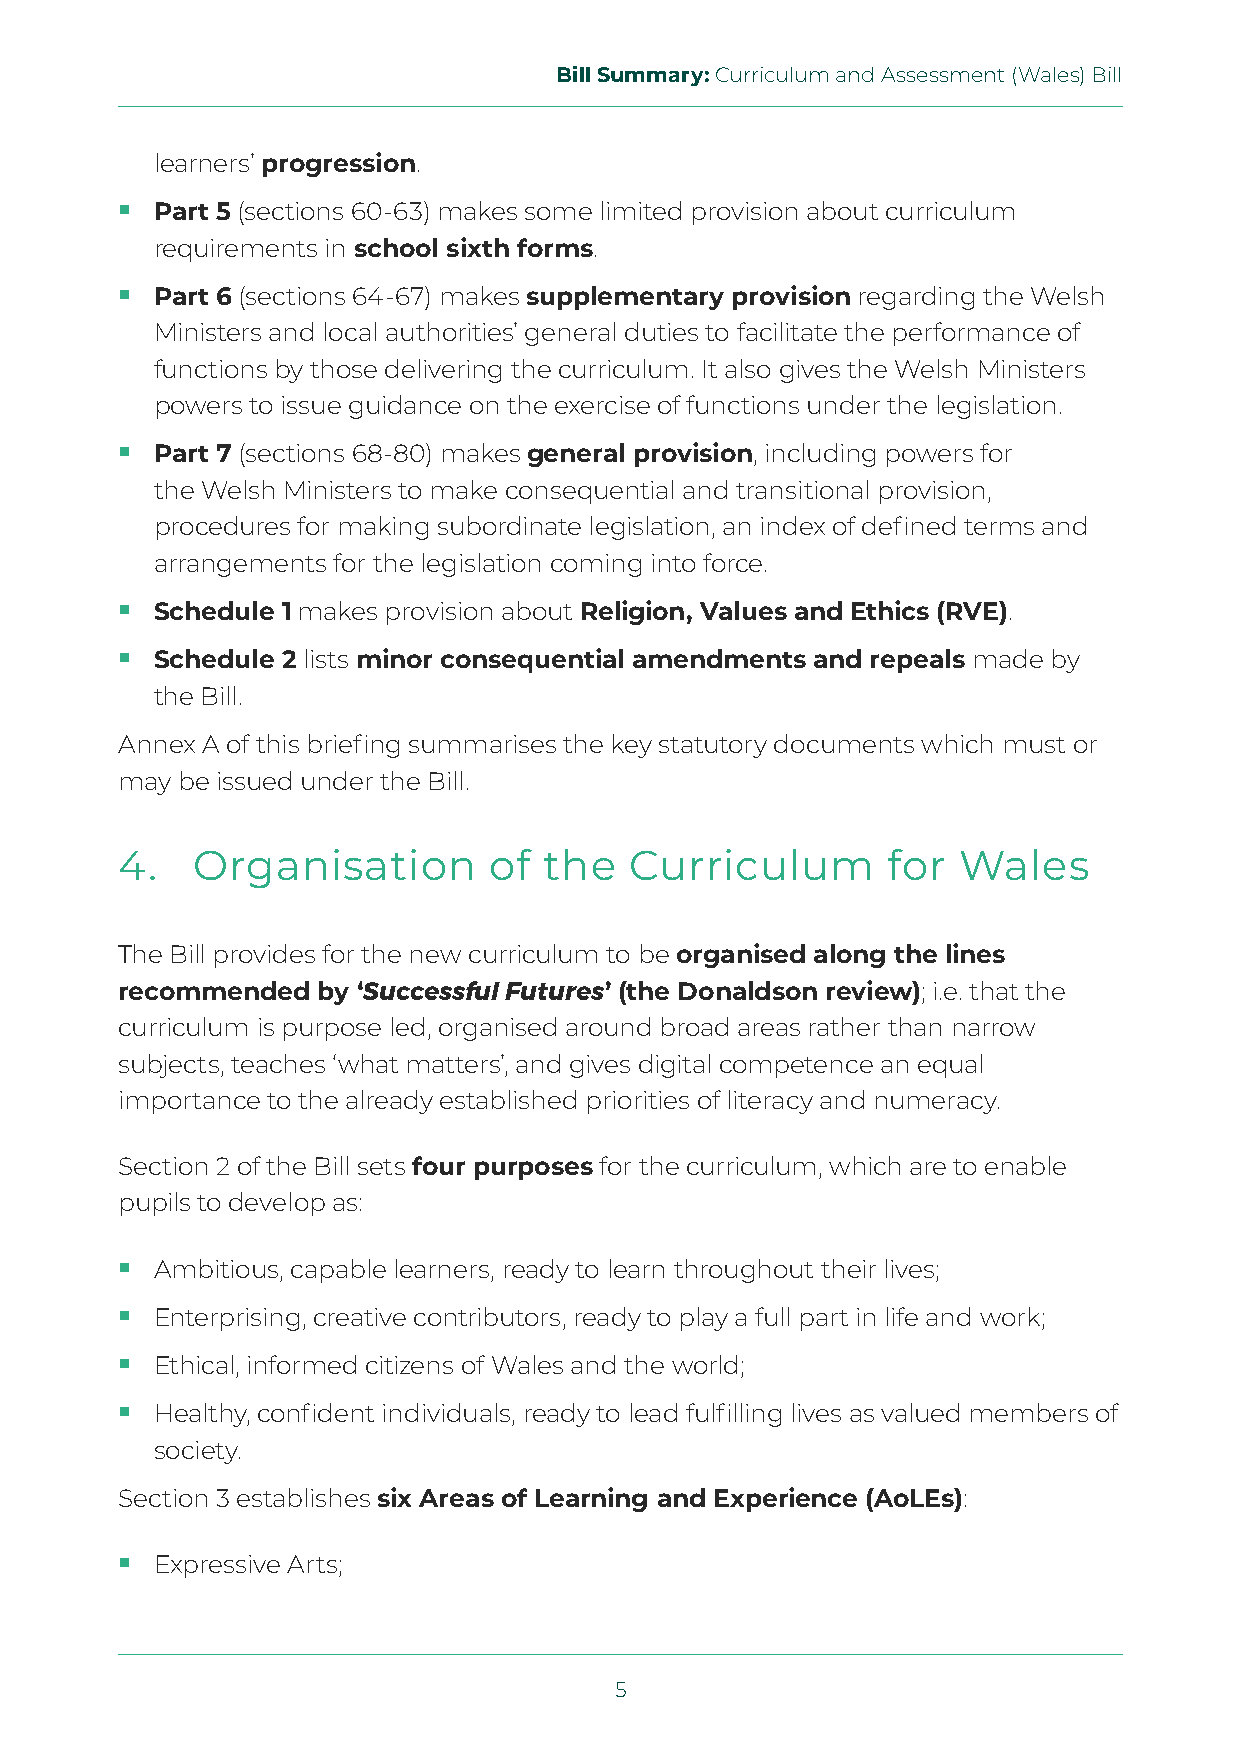
Bill Summary: Curriculum and Assessment (Wales) Bill
 learners’ progression.
  Part 5 (sections 60-63) makes some limited provision about curriculum
 requirements in school sixth forms.
  Part 6 (sections 64-67) makes supplementary provision regarding the Welsh
 Ministers and local authorities’ general duties to facilitate the performance of
 functions by those delivering the curriculum. It also gives the Welsh Ministers
 powers to issue guidance on the exercise of functions under the legislation.
  Part 7 (sections 68-80) makes general provision, including powers for
 the Welsh Ministers to make consequential and transitional provision,
 procedures for making subordinate legislation, an index of defined terms and
 arrangements for the legislation coming into force.
  Schedule 1 makes provision about Religion, Values and Ethics (RVE).
  Schedule 2 lists minor consequential amendments and repeals made by
 the Bill.
 Annex A of this briefing summarises the key statutory documents which must or
 may be issued under the Bill.
 4.   Organisation       of  the   Curriculum       for Wales
 The Bill provides for the new curriculum to be organised along the lines
 recommended  by ‘Successful Futures’ (the Donaldson review); i.e. that the
 curriculum is purpose led, organised around broad areas rather than narrow
 subjects, teaches ‘what matters’, and gives digital competence an equal
 importance to the already established priorities of literacy and numeracy.
 Section 2 of the Bill sets four purposes for the curriculum, which are to enable
 pupils to develop as:
  Ambitious, capable learners, ready to learn throughout their lives;
  Enterprising, creative contributors, ready to play a full part in life and work;
  Ethical, informed citizens of Wales and the world;
  Healthy, confident individuals, ready to lead fulfilling lives as valued members of
 society.
 Section 3 establishes six Areas of Learning and Experience (AoLEs):
  Expressive Arts;
 5